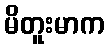
မိတူးမာက